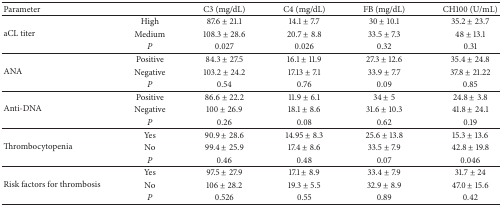
<table><thead><tr><td><b>Parameter</b></td><td><b> </b></td><td><b>C3 (mg/dL)</b></td><td><b>C4 (mg/dL)</b></td><td><b>FB (mg/dL)</b></td><td><b>CH100 (U/mL)</b></td></tr></thead><tbody><tr><td rowspan="3">aCL titer</td><td>High</td><td>87.6 ± 21.1</td><td>14.1 ± 7.7</td><td>30 ± 10.1</td><td>35.2 ± 23.7</td></tr><tr><td>Medium</td><td>108.3 ± 28.6</td><td>20.7 ± 8.8</td><td>33.5 ± 7.3</td><td>48 ± 13.1</td></tr><tr><td><i>P </i></td><td>0.027</td><td>0.026</td><td>0.32</td><td>0.31</td></tr><tr><td rowspan="3">ANA</td><td>Positive</td><td>84.3 ± 27.5</td><td>16.1 ± 11.9</td><td>27.3 ± 12.6</td><td>35.4 ± 24.8</td></tr><tr><td>Negative</td><td>103.2 ± 24.2</td><td>17.13 ± 7.1</td><td>33.9 ± 7.7</td><td>37.8 ± 21.22</td></tr><tr><td><i>P </i></td><td>0.54</td><td>0.76</td><td>0.09</td><td>0.85</td></tr><tr><td rowspan="3">Anti-DNA</td><td>Positive</td><td>86.6 ± 22.2</td><td>11.9 ± 6.1</td><td>34 ± 5</td><td>24.8 ± 3.8</td></tr><tr><td>Negative</td><td>100 ± 26.9</td><td>18.1 ± 8.6</td><td>31.6 ± 10.3</td><td>41.8 ± 24.1</td></tr><tr><td><i>P </i></td><td>0.26</td><td>0.08</td><td>0.62</td><td>0.19</td></tr><tr><td rowspan="3">Thrombocytopenia</td><td>Yes</td><td>90.9 ± 28.6</td><td>14.95 ± 8.3</td><td>25.6 ± 13.8</td><td>15.3 ± 13.6</td></tr><tr><td>No</td><td>99.4 ± 25.9</td><td>17.4 ± 8.6</td><td>33.5 ± 7.9</td><td>42.8 ± 19.8</td></tr><tr><td><i>P </i></td><td>0.46</td><td>0.48</td><td>0.07</td><td>0.046</td></tr><tr><td rowspan="3">Risk factors for thrombosis</td><td>Yes</td><td>97.5 ± 27.9</td><td>17.1 ± 8.9</td><td>33.4 ± 7.9</td><td>31.7 ± 24</td></tr><tr><td>No</td><td>106 ± 28.2</td><td>19.3 ± 5.5</td><td>32.9 ± 8.9</td><td>47.0 ± 15.6</td></tr><tr><td><i>P </i></td><td>0.526</td><td>0.55</td><td>0.89</td><td>0.42</td></tr></tbody></table>